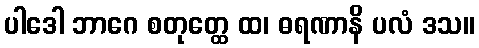
ပါဒေါ ဘာဂေ စတုတ္ထေ ထ၊ ဓရဏာနိ ပလံ ဒသ။